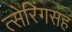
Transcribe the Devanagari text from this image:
त्सेरिंगसह